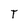
Character: T